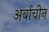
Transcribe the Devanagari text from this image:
अर्बाचीन